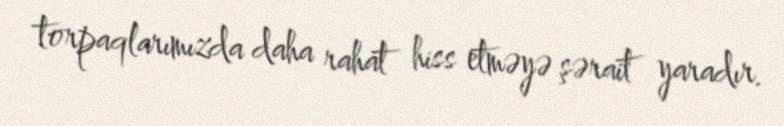
torpaqlarımızda daha rahat hiss etməyə şərait yaradır.